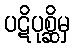
ပဋိပုစ္ဆိမှ